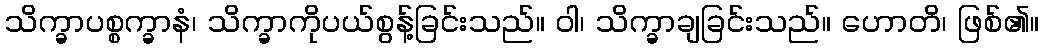
သိက္ခာပစ္စက္ခာနံ၊ သိက္ခာကိုပယ်စွန့်ခြင်းသည်။ ဝါ၊ သိက္ခာချခြင်းသည်။ ဟောတိ၊ ဖြစ်၏။